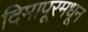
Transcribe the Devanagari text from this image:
दिमापूरमधून